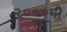
૨૦૦૦મી